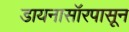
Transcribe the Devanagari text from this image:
डायनासॉरपासून